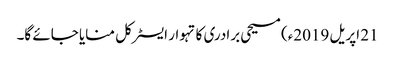
21 اپریل 2019ء) مسیحی برادری کا تہوار ایسٹر کل منایا جائے گا۔